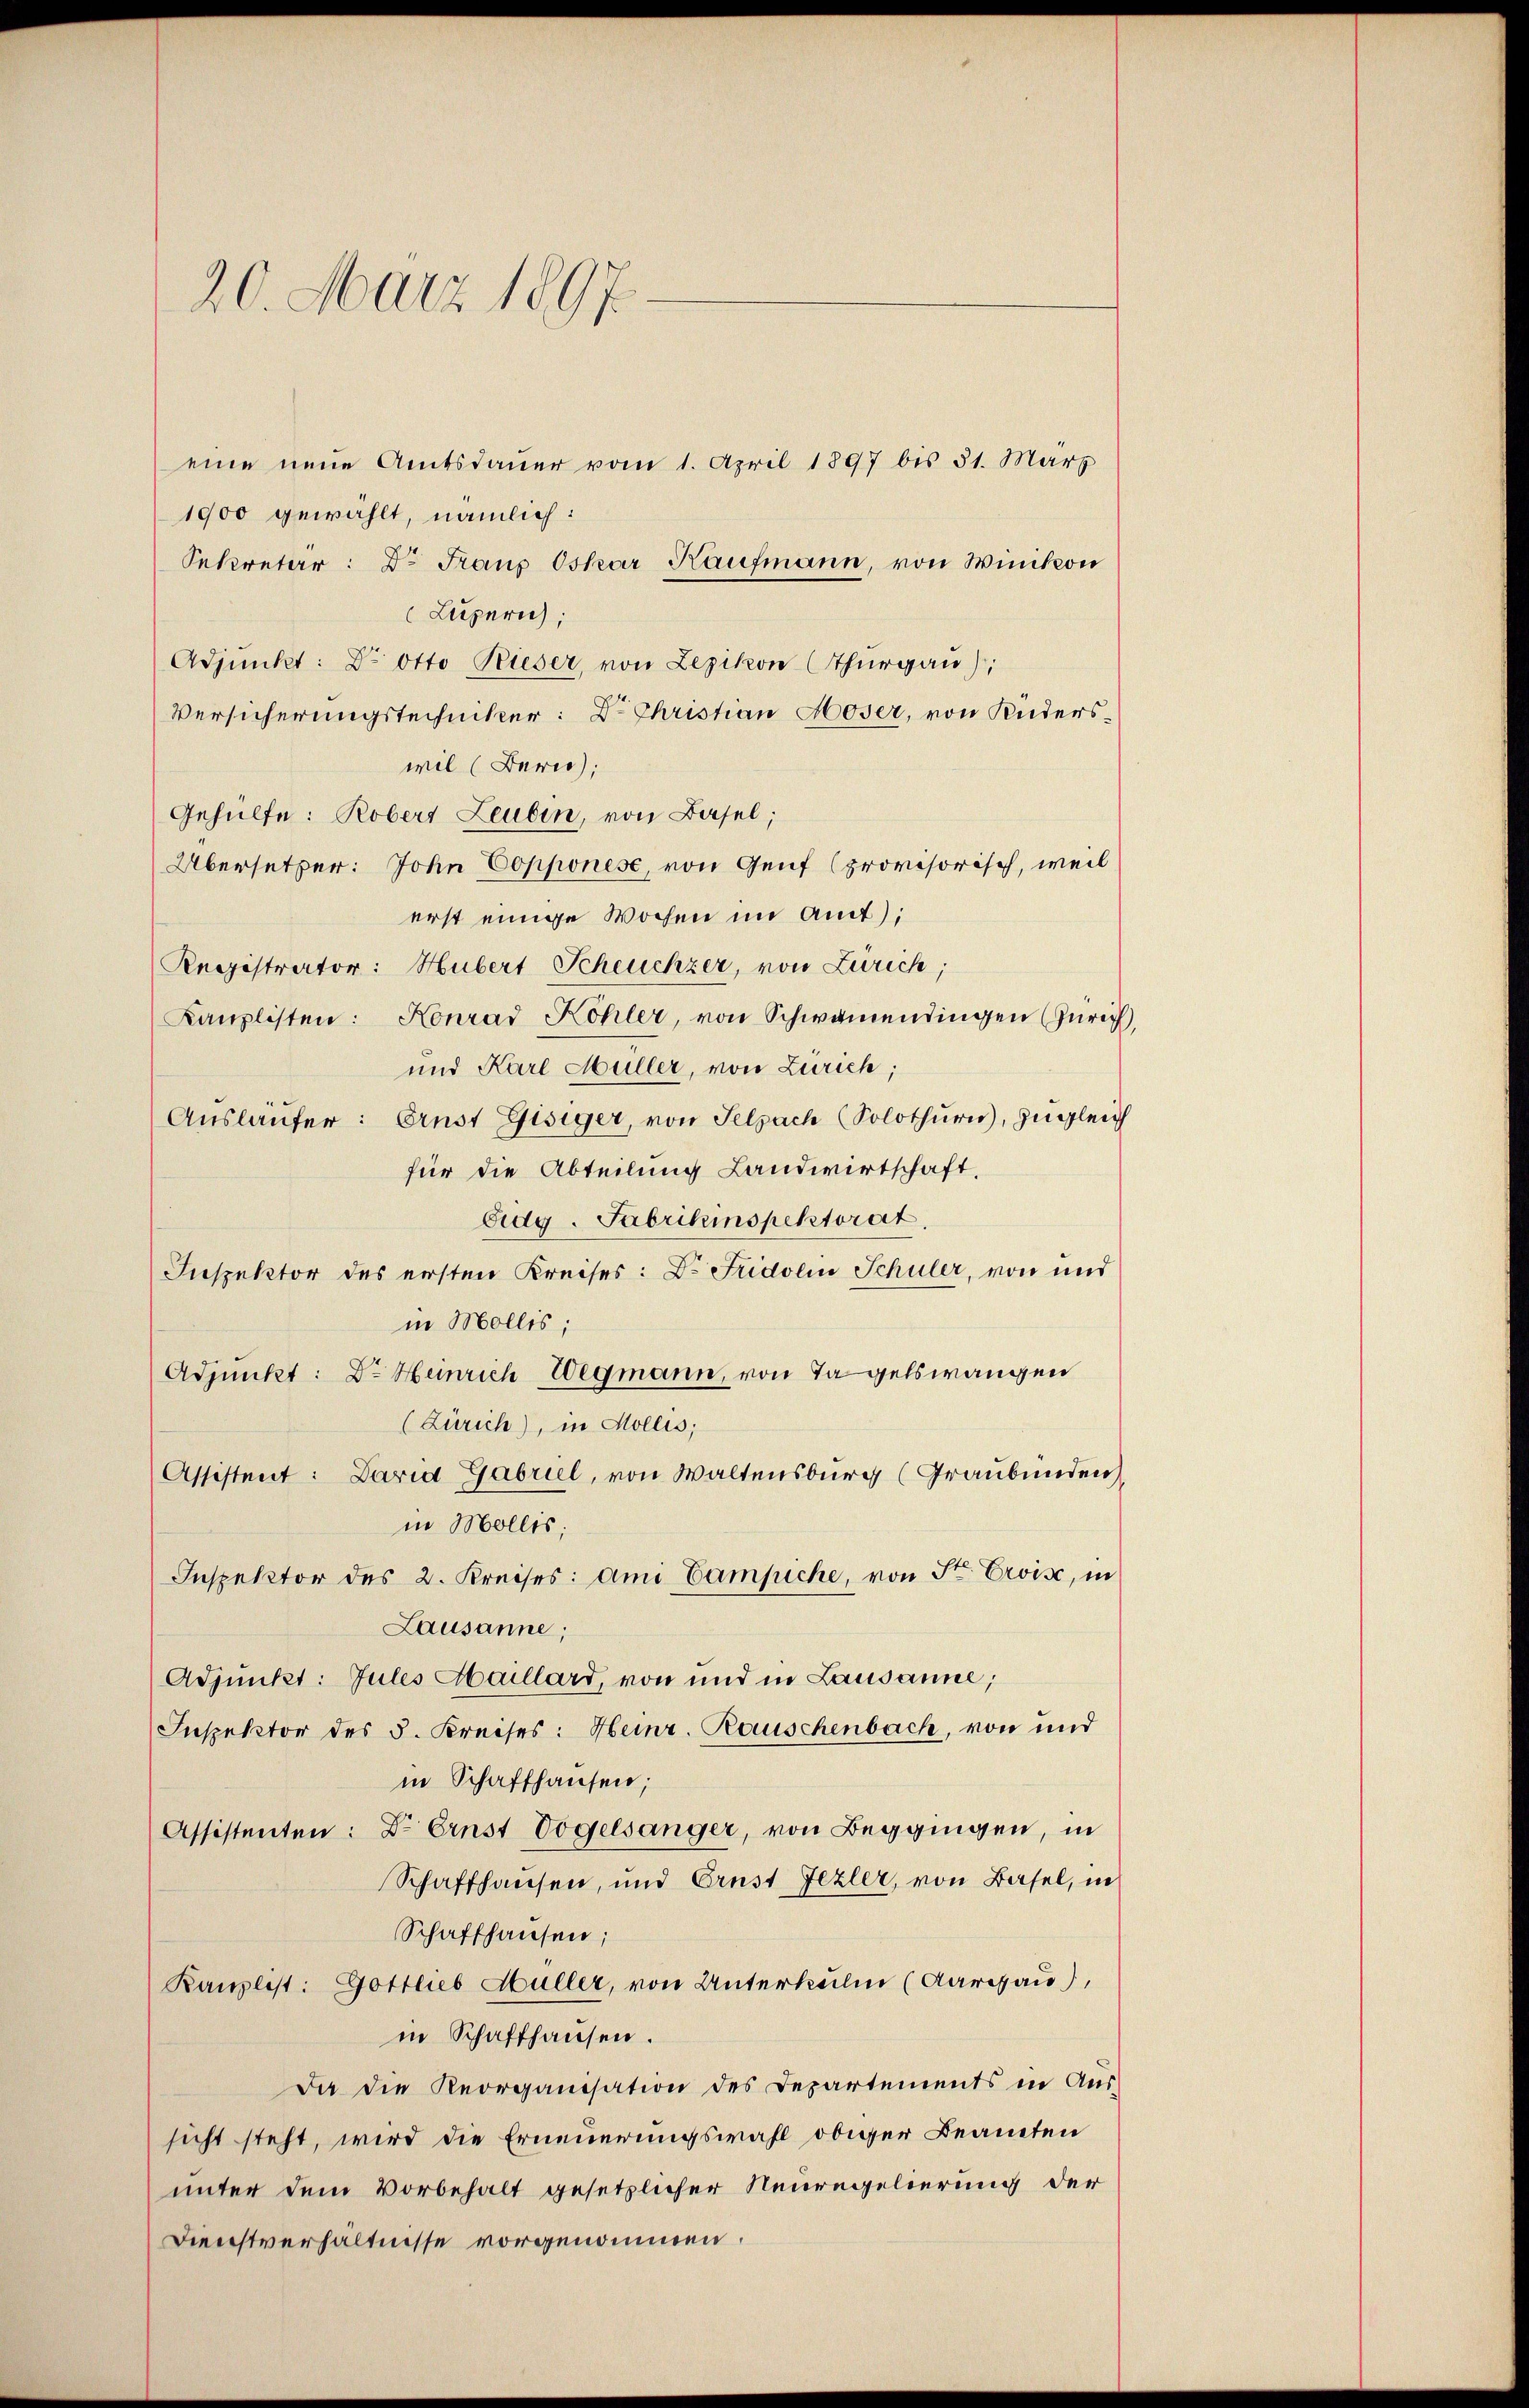
20. März 1897.

eine neue Amtsdaŭer vom 1. April 1897 bis 31. März
1900 gewählt, nämlich:
Sekretär: Dr Franz Oskar Haufmann, von Winikon
Luzern;
Adjunkt: Dr. Otto Rieser, von Lezikon (Thurgau);
Versicherungstechniker: Dr. Christian Hoser, von Kuderswil (Bern,
Gehülfe: Robers Leubin, von Basel;
Übersetzer: John Dopponese, von Genf (provisorisch, weil
erst einige Wochen im Amt);
Registrator: Hubert Scheuchzer, von Zürich,
Kanzlisten: Konrad Köhler, von Schwamendingen (Zürich
und Karl Müller, von Zürich;
Aŭsläŭfer: Ernst Gisiger, von Felsach (Solothurn, zugleich
für die Abteilung Landwirtschaft,
Eidg. Fabrikinspektorat
Inspektor des ersten Kreises: Dr. Fridolin Schuler, von und
in Mollis,
Adjunkt: Dr. Heinrich Wegmann, von Tagelswangen
(Zürich), in Mollis,
Assistent: Daria Gabriel, von Waltensburg (Graubünden
in Mollis,
Inspektor des 2. Kreises: ami Campiche, von Sr. Ervise, in
Lausanne;
Adjunkt: Jules Haillard, von und in Lausanne;
Inspektor des 5. Kreises: Heinr. Rauschenbach, von und
in Schaffhausen;
Assistenten: Dr. Ernst Vogelsanger, von Beggingen, in
Schaffhausen, und Crust Jezler, von Basel, in
Schaffhausen;
Kanzlist: Gottlieb Müller, von Unterkulm (Aargau),
in Schaffhausen.
Da die Reorganisation des Departements in Aŭs-
sicht steht, wird die Erneuerungswahl obiger Beamten
unter dem Vorbehalt gesetzlicher Neuregelierung der
Dienstverhältnisse vorgenommen.